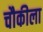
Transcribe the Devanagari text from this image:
चौकीला